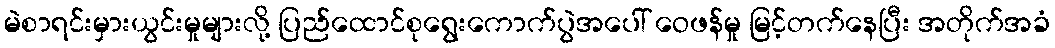
မဲစာရင်းမှားယွင်းမှုများလို့ ပြည်ထောင်စုရွေးကောက်ပွဲအပေါ် ဝေဖန်မှု မြင့်တက်နေပြီး အတိုက်အခံ